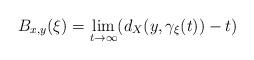
LaTeX: \begin{align*} B_{x,y}(\xi)=\lim_{t\rightarrow \infty}(d_X(y,\gamma_\xi(t))-t)\end{align*}